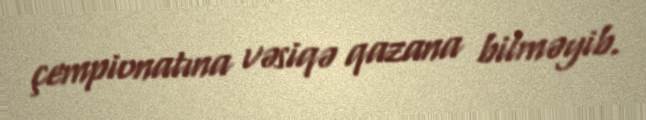
çempionatına vəsiqə qazana bilməyib.